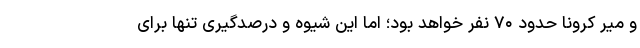
و میر کرونا حدود ۷۰ نفر خواهد بود؛ اما این شیوه و درصدگیری تنها برای